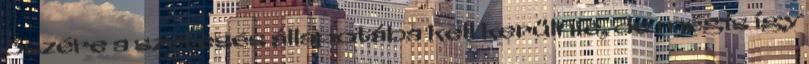
őszére a szétesés állapotába kell kerülnie, de mégis így